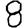
Digit: 8